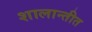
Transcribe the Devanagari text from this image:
शालान्तीत